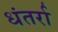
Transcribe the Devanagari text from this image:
धंतर्रा